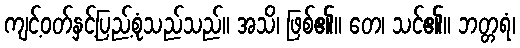
ကျင့်ဝတ်နှင့်ပြည့်စုံသည်သည်။ အသိ၊ ဖြစ်၏။ တေ၊ သင်၏။ ဘတ္တရံ၊